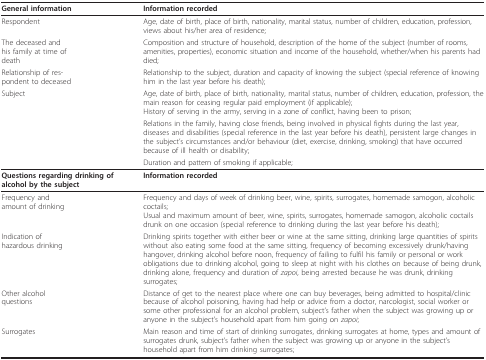
<table><thead><tr><td><b>General information</b></td><td><b>Information recorded</b></td></tr></thead><tbody><tr><td>Respondent</td><td>Age, date of birth, place of birth, nationality, marital status, number of children, education, profession, views about his/her area of residence;</td></tr><tr><td>The deceased andhis family at time ofdeath</td><td>Composition and structure of household, description of the home of the subject (number of rooms, amenities, properties), economic situation and income of the household, whether/when his parents had died;</td></tr><tr><td>Relationship of res-pondent to deceased</td><td>Relationship to the subject, duration and capacity of knowing the subject (special reference of knowing him in the last year before his death);</td></tr><tr><td>Subject</td><td>Age, date of birth, place of birth, nationality, marital status, number of children, education, profession, the main reason for ceasing regular paid employment (if applicable);History of serving in the army, serving in a zone of conflict, having been to prison;</td></tr><tr><td></td><td>Relations in the family, having close friends, being involved in physical fights during the last year, diseases and disabilities (special reference in the last year before his death), persistent large changes in the subject&#x27;s circumstances and/or behaviour (diet, exercise, drinking, smoking) that have occurred because of ill health or disability;</td></tr><tr><td></td><td>Duration and pattern of smoking if applicable;</td></tr><tr><td><b>Questions regarding drinking of alcohol by the subject</b></td><td><b>Information recorded</b></td></tr><tr><td>Frequency andamount of drinking</td><td>Frequency and days of week of drinking beer, wine, spirits, surrogates, homemade samogon, alcoholic coctails;Usual and maximum amount of beer, wine, spirits, surrogates, homemade samogon, alcoholic coctails drunk on one occasion (special reference to drinking during the last year before his death);</td></tr><tr><td>Indication ofhazardous drinking</td><td>Drinking spirits together with either beer or wine at the same sitting, drinking large quantities of spirits without also eating some food at the same sitting, frequency of becoming excessively drunk/having hangover, drinking alcohol before noon, frequency of failing to fulfil his family or personal or work obligations due to drinking alcohol, going to sleep at night with his clothes on because of being drunk, drinking alone, frequency and duration of <i>zapoi</i>, being arrested because he was drunk, drinking surrogates;</td></tr><tr><td>Other alcoholquestions</td><td>Distance of get to the nearest place where one can buy beverages, being admitted to hospital/clinic because of alcohol poisoning, having had help or advice from a doctor, narcologist, social worker or some other professional for an alcohol problem, subject&#x27;s father when the subject was growing up or anyone in the subject&#x27;s household apart from him going on <i>zapoi</i>;</td></tr><tr><td>Surrogates</td><td>Main reason and time of start of drinking surrogates, drinking surrogates at home, types and amount of surrogates drunk, subject&#x27;s father when the subject was growing up or anyone in the subject&#x27;s household apart from him drinking surrogates;</td></tr></tbody></table>